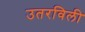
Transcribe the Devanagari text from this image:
उतरविली